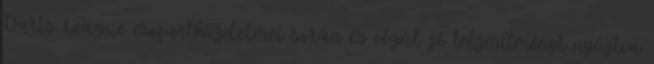
Darts League csoportküzdelmei során és végül jó teljesítményt nyújtva